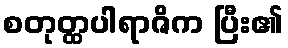
စတုတ္ထပါရာဇိက ပြီး၏